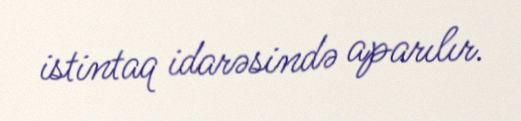
istintaq idarəsində aparılır.